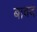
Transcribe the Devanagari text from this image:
बावद